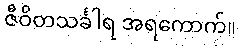
ဇီဝိတသင်္ခါရ အရကောက်။